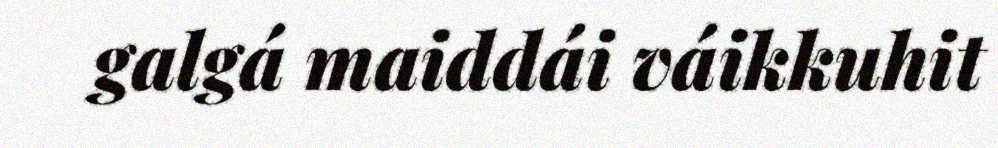
galgá maiddái váikkuhit